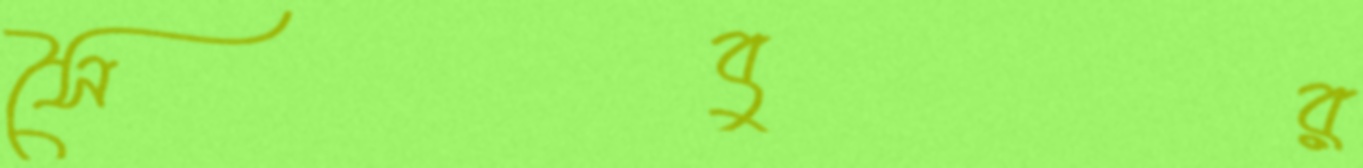
সৈবুর